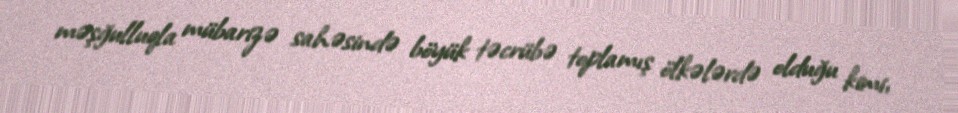
məşğulluqla mübarizə sahəsində böyük təcrübə toplamış ölkələrdə olduğu kimi,